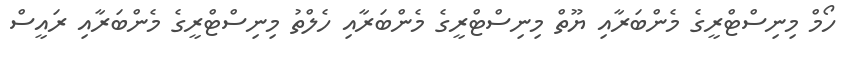
ހޯމް މިނިސްޓްރީގެ މެންބަރާއި ޔޫތް މިނިސްޓްރީގެ މެންބަރާއި ހެލްތު މިނިސްޓްރީގެ މެންބަރާއި ރައީސް